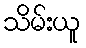
သိမ်းယူ